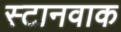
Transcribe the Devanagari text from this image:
स्टानवाक